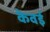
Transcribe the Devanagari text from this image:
केवई